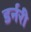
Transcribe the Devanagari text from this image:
डर्नरी